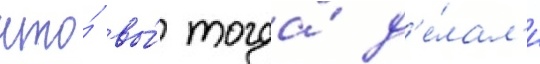
что́ вы́ тогда́ д'е́лал'и